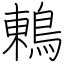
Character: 鶇